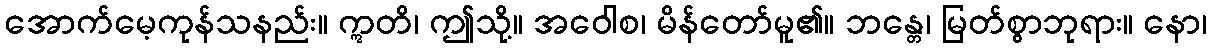
အောက်မေ့ကုန်သနည်း။ ဣတိ၊ ဤသို့။ အဝေါစ၊ မိန်တော်မူ၏။ ဘန္တေ၊ မြတ်စွာဘုရား။ နော၊